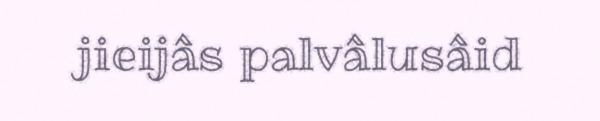
jieijâs palvâlusâid